Vaccine operations Central Provinces 1886-1899 - 1886-1899
Year: 1886
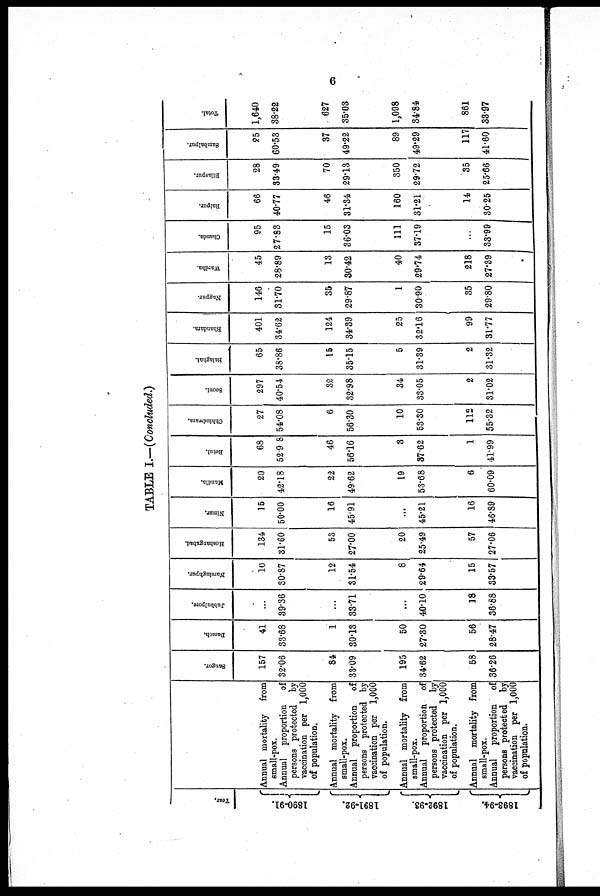
6
TABLE I.—(Concluded.)
Year.
1890-91.
1891-92.
1892-93.
1898-94.
Annual mortality from
small-pox.
Annual proportion of
persons protected by
vaccination per 1,000
of population.
Annual mortality from
small-pox.
Annual proportion of
persons protected by
vaccination per 1,000
of population.
Annual mortality from
small-pox.
Annual proportion of
persons protected by
vaccination per 1,000
of population.
Annual mortality from
small-pox.
Annual proportion of
persons protected by
vaccination per 1,000
of population.
Saugor.
157
32.06
84
33.09
195
34.62
58
36.26
Damoh.
41
33.68
1
30.13
50
27.30
56
28.47
Jubbulpore.
...
39.36
...
33.71
...
40.10
18
36.88
Narsinghpur.
10
30.87
12
31.54
8
29.64
15
33.57
Hoshangabad.
134
31.60
53
27.00
20
25.49
57
27.06
Nimar.
15
50.00
16
4591
...
45.21
16
46.89
Mandla.
20
42.18
22
49.62
19
53.68
6
60.09
Betal.
68
529 8
46
56.16
8
37.62
1
41.99
Chhindwara.
27
54.08
6
56.30
10
53.30
112
55.32
Seoni.
297
40.54
32
32.98
34
33.05
2
31.02
Balaghat.
65
38.86
15
35.15
5
31.39
2
31.32
Bhandara.
401
34.62
124
34.39
25
32.16
99
31.77
Nagpur.
146
31.70
35
29.87
1
3090
35
29.80
Wardha.
45
28.89
13
30.42
40
29.74
218
27.39
Chanda.
95
27.83
15
36.03
111
37.19
...
33.99
Raipur.
66
40.77
46
31.34
160
31.21
14
30.25
Bilaspur.
28
33.49
70
29.13
350
29.72
35
25.66
Sambalpur.
25
60.53
37
49.22
89
49.29
117
41.60
Total.
1,640
38.22
627
35.03
1,098
34.84
861
38.97